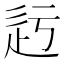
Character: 𨑛